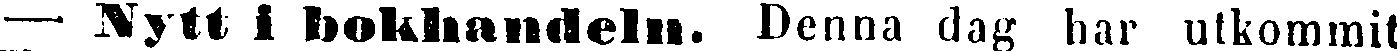
— Nytt i bokhandeln. Denna dag har utkommit